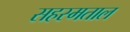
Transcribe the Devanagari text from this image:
सहस्मताल